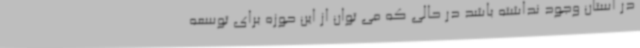
در استان وجود نداشته باشد در حالی که می توان از این حوزه برای توسعه